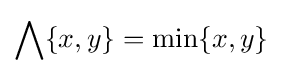
\bigwedge \{x,y\}=\min\{x,y\}